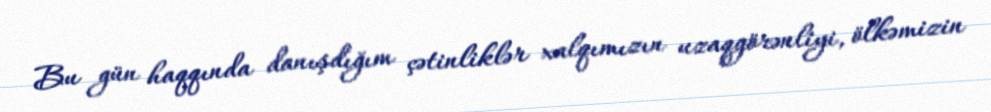
Bu gün haqqında danışdığım çətinliklər xalqımızın uzaqgörənliyi, ölkəmizin